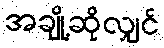
အချို့ဆိုလျှင်